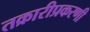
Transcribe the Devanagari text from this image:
तक्रारीप्रकरणी